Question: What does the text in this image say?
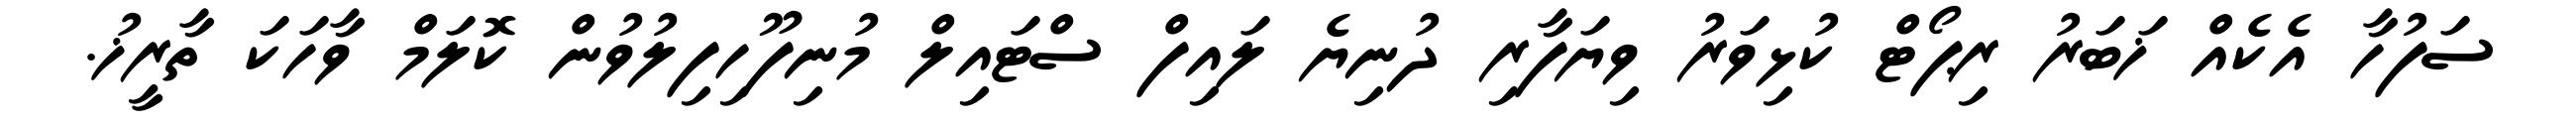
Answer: ސަފުހާ އެކެއް ޚަބަރު ރިޕޯޓް ކުޅިވަރު ވިޔަފާރި ދުނިޔެ ލައިފް ސްޓައިލް މުނިފޫހިފިލުވުން ކޮލަމް ވާހަކަ ތާރީޚު.